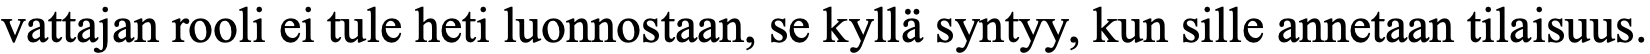
vattajan rooli ei tule heti luonnostaan, se kyllä syntyy, kun sille annetaan tilaisuus.